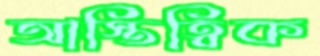
আস্তিত্বিক